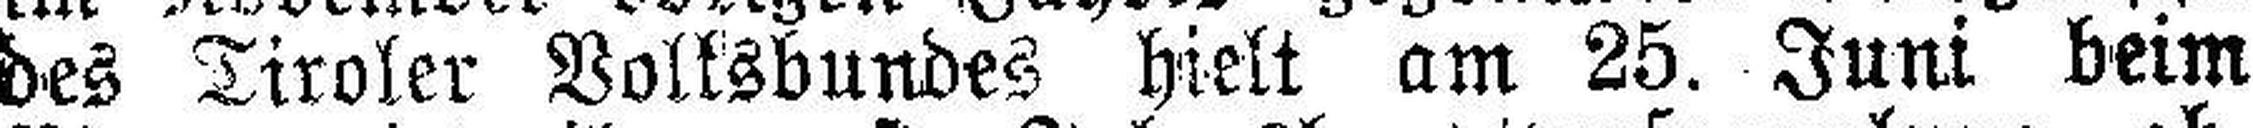
des Tiroler Volksbundes hielt am 25. Juni beim